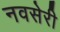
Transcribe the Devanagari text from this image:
नवसेरी